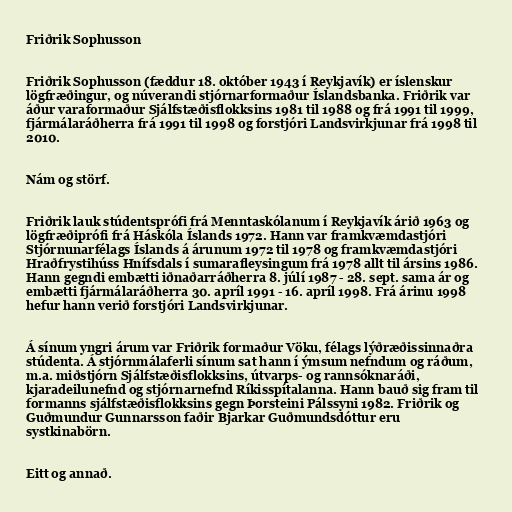
Friðrik Sophusson

Friðrik Sophusson (fæddur 18. október 1943 í Reykjavík) er íslenskur
lögfræðingur, og núverandi stjórnarformaður Íslandsbanka. Friðrik var
áður varaformaður Sjálfstæðisflokksins 1981 til 1988 og frá 1991 til 1999,
fjármálaráðherra frá 1991 til 1998 og forstjóri Landsvirkjunar frá 1998 til
2010.

Nám og störf.

Friðrik lauk stúdentsprófi frá Menntaskólanum í Reykjavík árið 1963 og
lögfræðiprófi frá Háskóla Íslands 1972. Hann var framkvæmdastjóri
Stjórnunarfélags Íslands á árunum 1972 til 1978 og framkvæmdastjóri
Hraðfrystihúss Hnífsdals í sumarafleysingum frá 1978 allt til ársins 1986.
Hann gegndi embætti iðnaðarráðherra 8. júlí 1987 - 28. sept. sama ár og
embætti fjármálaráðherra 30. apríl 1991 - 16. apríl 1998. Frá árinu 1998
hefur hann verið forstjóri Landsvirkjunar.

Á sínum yngri árum var Friðrik formaður Vöku, félags lýðræðissinnaðra
stúdenta. Á stjórnmálaferli sínum sat hann í ýmsum nefndum og ráðum,
m.a. miðstjórn Sjálfstæðisflokksins, útvarps- og rannsóknaráði,
kjaradeilunefnd og stjórnarnefnd Ríkisspítalanna. Hann bauð sig fram til
formanns sjálfstæðisflokksins gegn Þorsteini Pálssyni 1982. Friðrik og
Guðmundur Gunnarsson faðir Bjarkar Guðmundsdóttur eru
systkinabörn.

Eitt og annað.